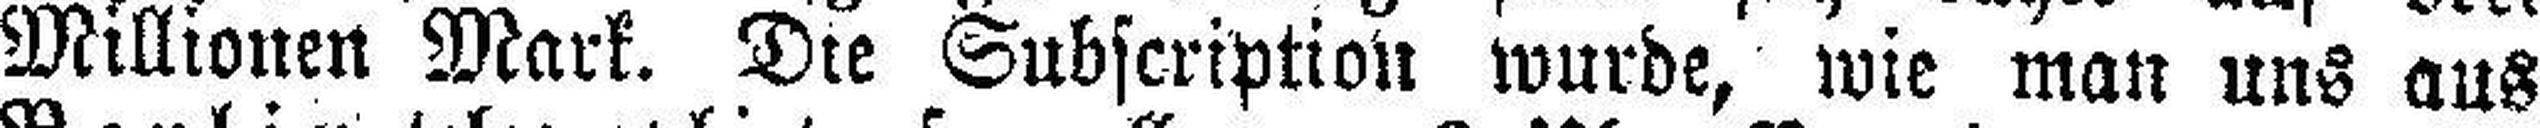
Millionen Mark. Die Subscription wurde, wie man uns aus